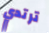
ترتدي